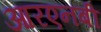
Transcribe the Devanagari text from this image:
आरएनबी